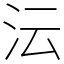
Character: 沄